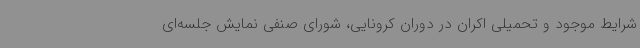
شرایط موجود و تحمیلی اکران در دوران کرونایی، شورای صنفی نمایش جلسه‌ای